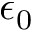
\epsilon _ { 0 }